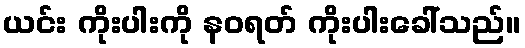
ယင်း ကိုးပါးကို နဝရတ် ကိုးပါးခေါ်သည်။